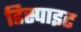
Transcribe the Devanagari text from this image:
डिस्पाइट